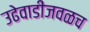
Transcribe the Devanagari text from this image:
उढेवाडीजवळच